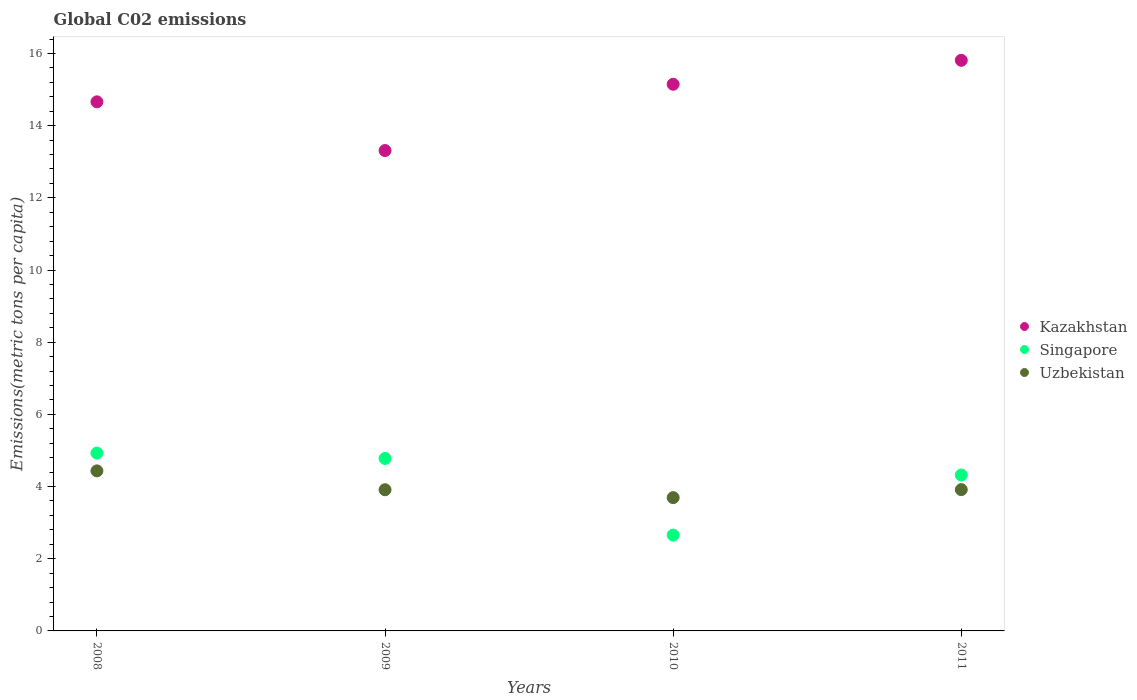
| Years | Kazakhstan | Singapore | Uzbekistan |
 | --- | --- | --- | --- |
 | 2008 | 14.7 | 4.93 | 4.43 |
 | 2009 | 13.3 | 4.78 | 3.91 |
 | 2010 | 15.1 | 2.66 | 3.69 |
 | 2011 | 15.8 | 4.32 | 3.91 |